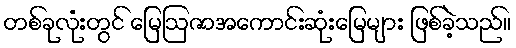
တစ်ခုလုံးတွင် မြေဩဇာအကောင်းဆုံးမြေများ ဖြစ်ခဲ့သည်။